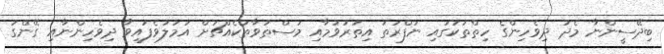
ބިދޭސީންނާ މެދު ދިވެހިންގެ ހިތްތަކުގައި ނަފްރަތު އިތުރުވުމާއި މަސްތުވާތަކެއްޗަށް އަމަލުވެފައިވާ ދިވެހިންނާއި ގޭންގު